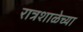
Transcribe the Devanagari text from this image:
रात्रशाळेच्या